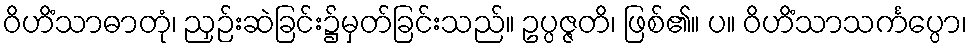
ဝိဟိံသာဓာတုံ၊ ညှဉ်းဆဲခြင်း၌မှတ်ခြင်းသည်။ ဥပ္ပဇ္ဇတိ၊ ဖြစ်၏။ ပ။ ဝိဟိံသာသင်္ကပ္ပော၊